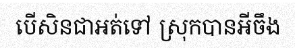
បើសិនជាអត់ទៅ ស្រុកបានអីចឹង